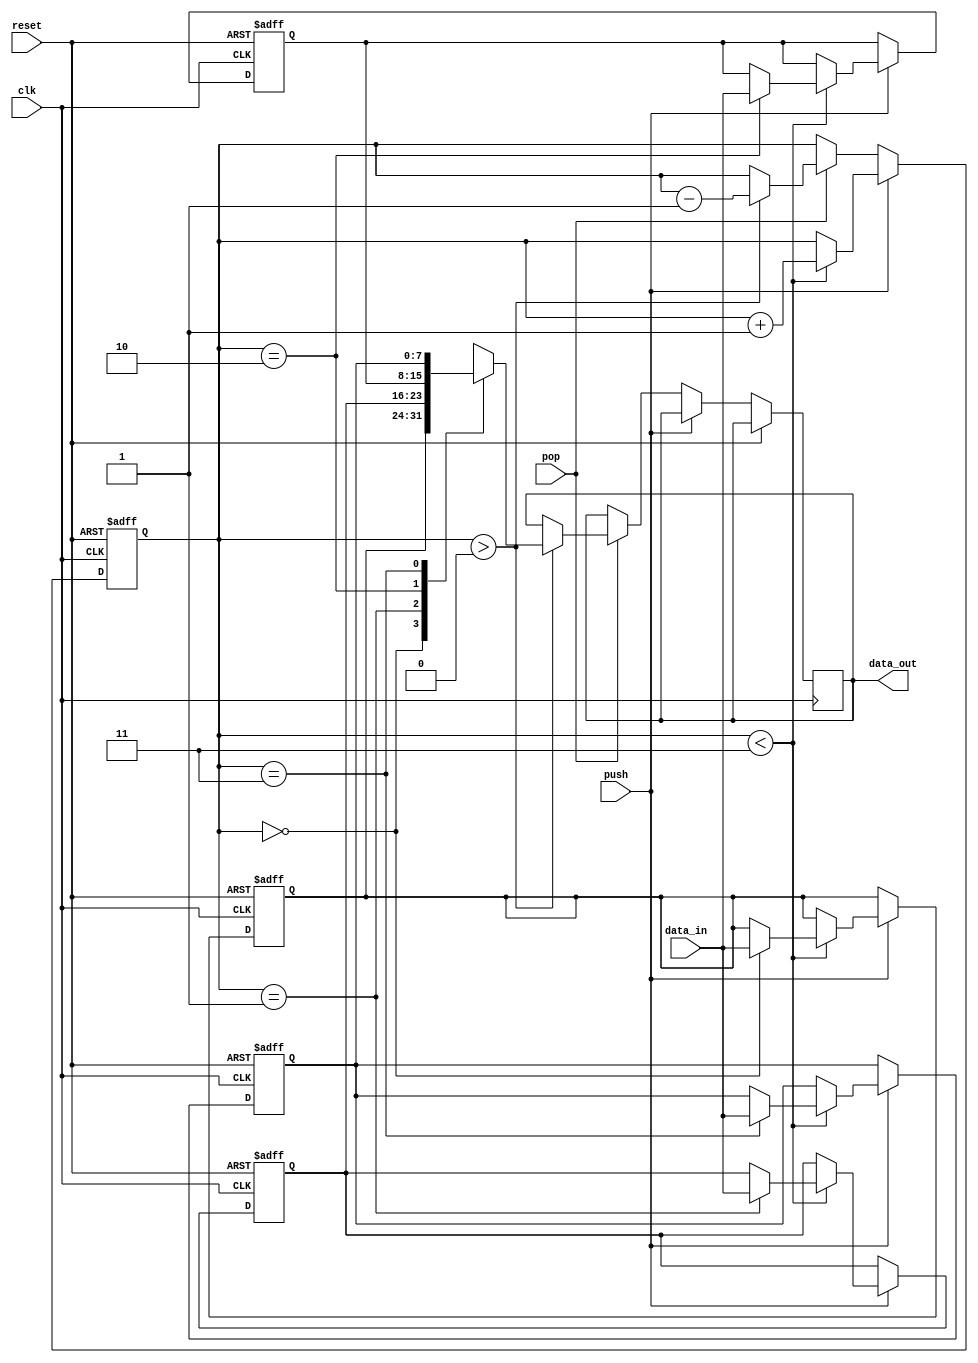
module lifo_queue (
  input wire clk,            // Clock signal
  input wire reset,          // Reset signal
  input wire push,           // Push data into the queue
  input wire pop,            // Pop data from the queue
  input wire [7:0] data_in,  // Data to be pushed into the queue
  output wire [7:0] data_out // Data popped from the queue
);

  reg [7:0] queue [3:0];     // LIFO queue with 4 elements
  reg [1:0] top;              // Top pointer

  always @(posedge clk or posedge reset) begin
    if (reset) begin
      top <= 2'b00;           // Reset top pointer
      queue[0] <= 8'b0;       // Clear all elements in the queue
      queue[1] <= 8'b0;
      queue[2] <= 8'b0;
      queue[3] <= 8'b0;
    end else begin
      if (push) begin
        if (top < 2'b11) begin
          top <= top + 1;     // Increment top pointer for push
          queue[top] <= data_in; // Push data into the queue
        end
      end else if (pop) begin
        if (top > 2'b00) begin
          data_out <= queue[top]; // Pop data from the queue
          top <= top - 1;         // Decrement top pointer for pop
        end
      end
    end
  end

endmodule